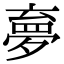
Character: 夣